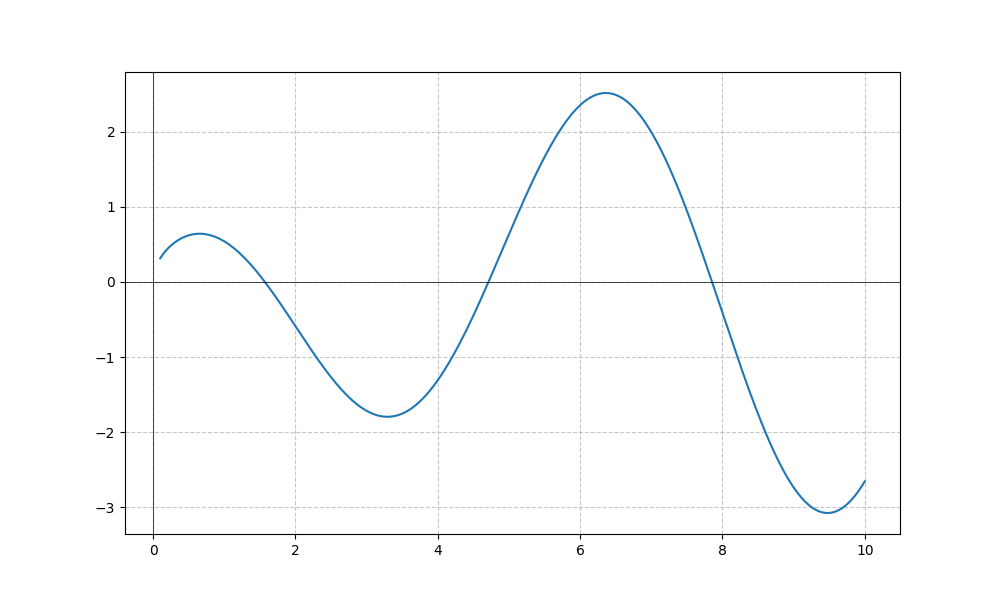
LaTeX formula: \sqrt{x} \cos{\left(x \right)}